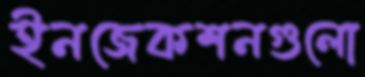
ইনজেকশনগুলো